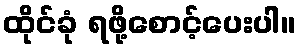
ထိုင်ခုံ ရဖို့စောင့်ပေးပါ။